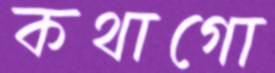
কথাগো